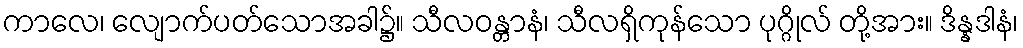
ကာလေ၊ လျောက်ပတ်သောအခါ၌။ သီလဝန္တာနံ၊ သီလရှိကုန်သော ပုဂ္ဂိုလ် တို့အား။ ဒိန္နဒါနံ၊